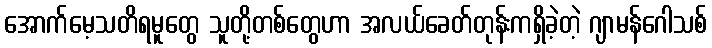
အောက်မေ့သတိရမူတွေ သူတို့တစ်တွေဟာ အလယ်ခေတ်တုန်းကရှိခဲ့တဲ့ ဂျာမန်ဂေါသစ်